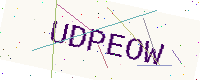
Text: UDPEOW